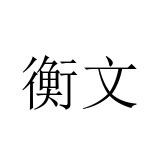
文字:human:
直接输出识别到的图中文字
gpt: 衡文